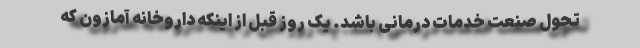
تحول صنعت خدمات درمانی باشد. یک روز قبل از اینکه داروخانه آمازون که